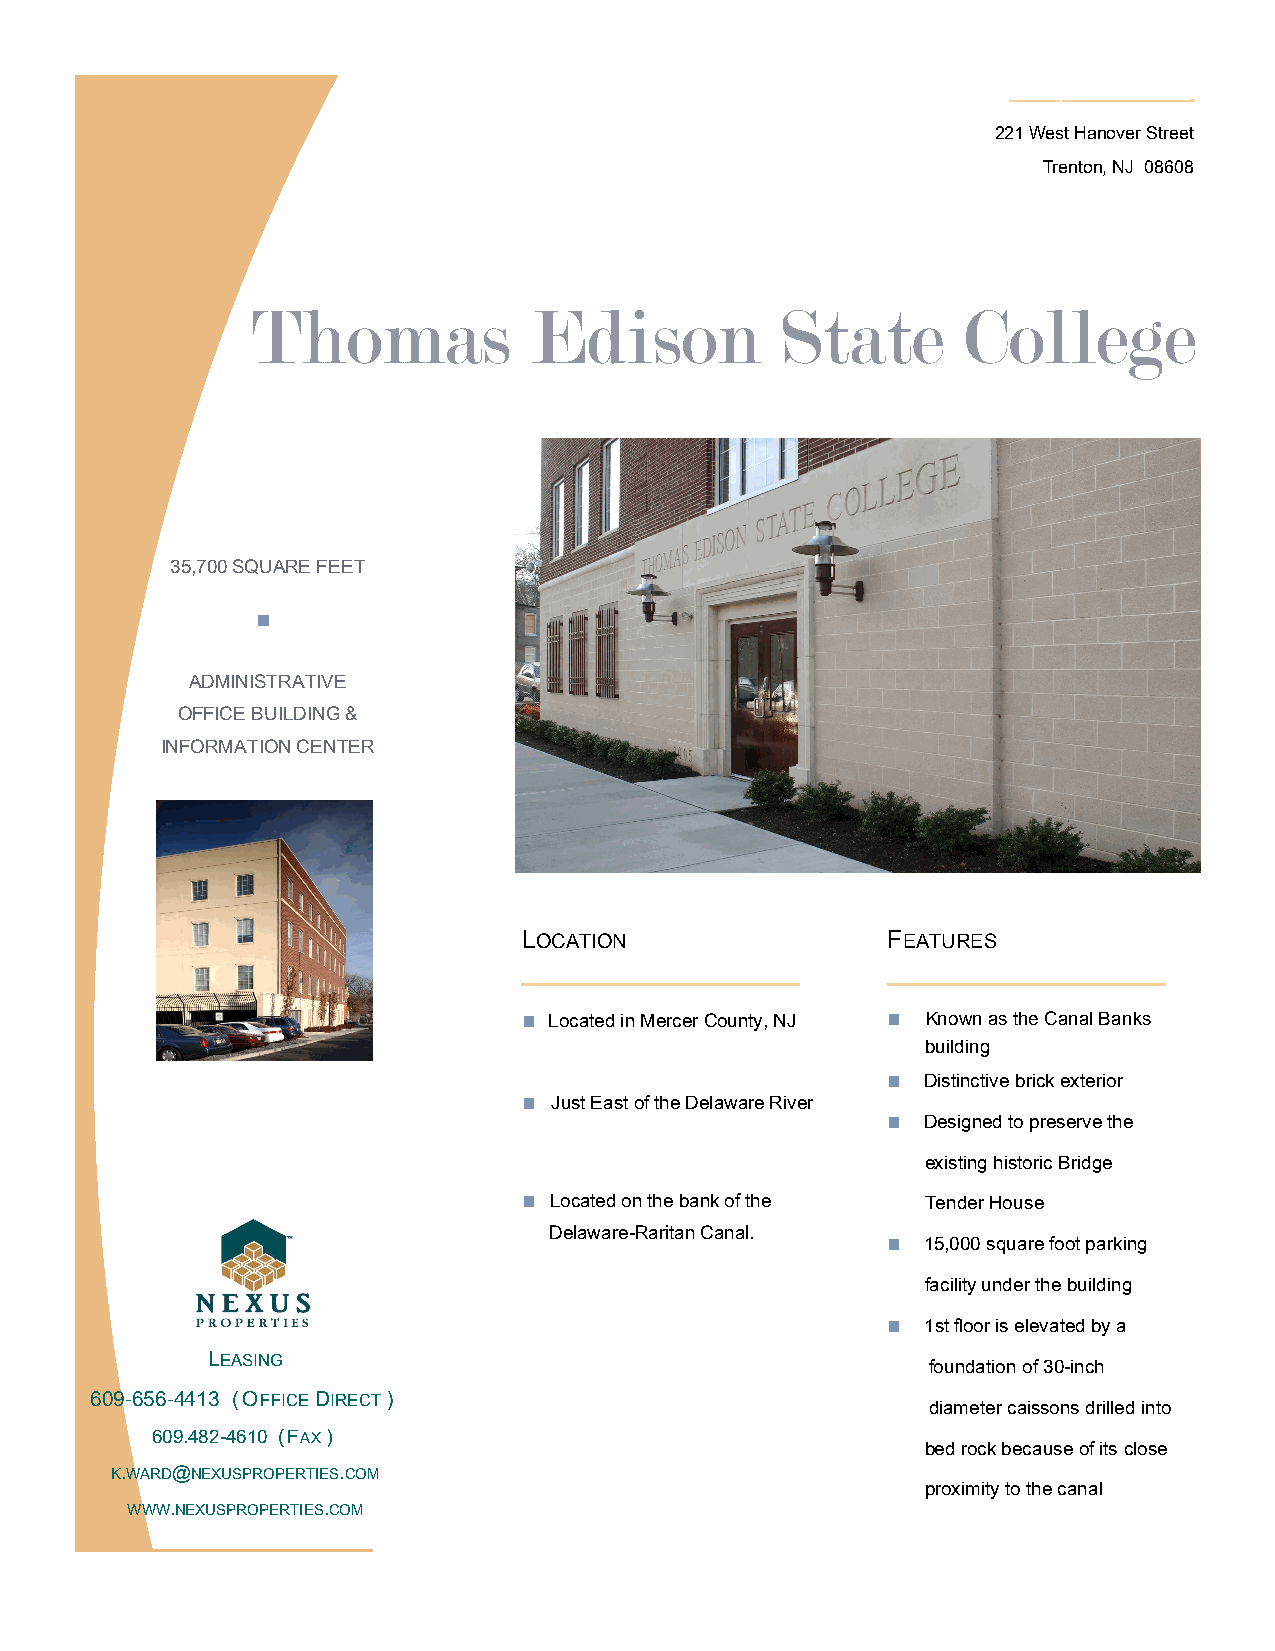
———–———————-
 221 West Hanover Street
 Trenton, NJ 08608
 Thomas            Edison           State       College
 35,700 SQUARE FEET
 ■
 ADMINISTRATIVE
 OFFICE BUILDING &
 INFORMATION CENTER
 LOCATION                FEATURES
 ————————————            ————————————
 ■ Located in Mercer County, NJ ■ Known as the Canal Banks
 building
 ■ Distinctive brick exterior
 ■ Just East of the Delaware River
 ■ Designed to preserve the
 existing historic Bridge
 ■ Located on the bank of the Tender House
 Delaware-Raritan Canal.
 ■ 15,000 square foot parking
 facility under the building
 ■ 1st floor is elevated by a
 LEASING
 foundation of 30-inch
 609-656-4413 (OFFICE DIRECT )
 diameter caissons drilled into
 609.482-4610 (FAX)
 bed rock because of its close
 K.WARD@NEXUSPROPERTIES.COM
 proximity to the canal
 WWW.NEXUSPROPERTIES.COM